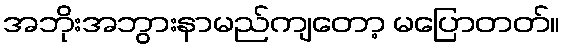
အဘိုးအဘွားနာမည်ကျတော့ မပြောတတ်။